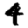
Digit: 4